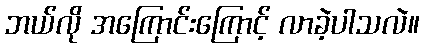
ဘယ်လို အကြောင်းကြောင့် လာခဲ့ပါသလဲ။